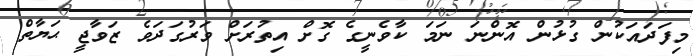
މިފަދައަކުން ގުޅުން އޮންނަ ނަމަ ކާވެނީގެ ގޮށް އިތުރަށް ވަރުގަދަވެ ޒަވާޖީ ޙަޔާތް